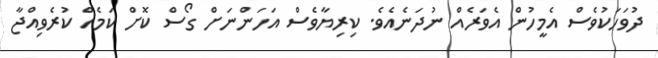
ދުވަހަކުވެސް އެމީހުން އެވަރެއް ނުދަނެއެވެ. ކިރިޔާވެސް އަހަންނަށް ގޯސް ކޮށް ކަމެއް ކުރެވިއްޖާ